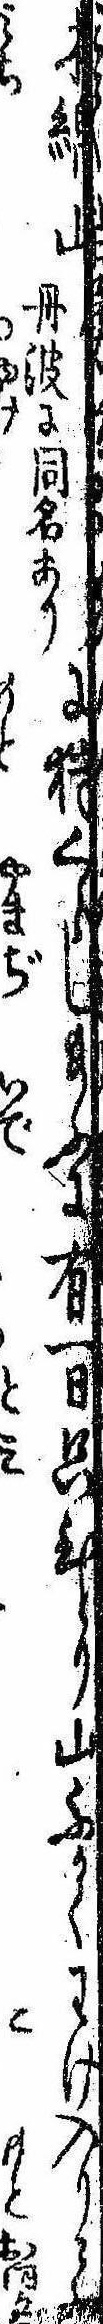
木綿山丹波に同名ありに狩くらし給ふに有一日只ひとり山ふかくわけ入りて